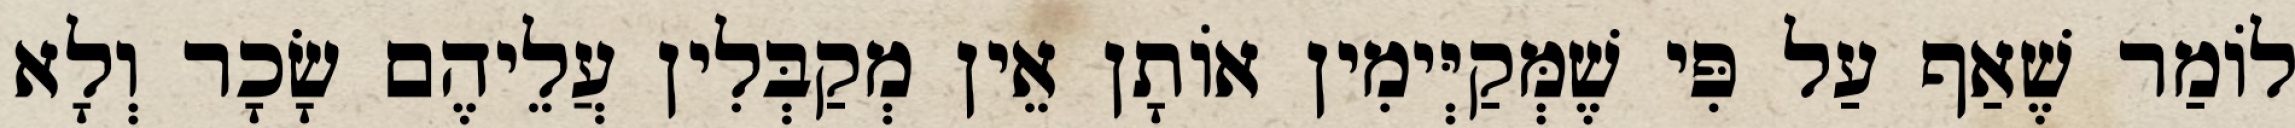
לוֹמַר שֶׁאַף עַל פִּי שֶׁמְּקַיְּימִין אוֹתָן אֵין מְקַבְּלִין עֲלֵיהֶם שָׂכָר וְלָא